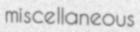
miscellaneous